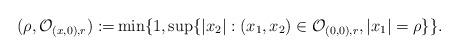
LaTeX: \begin{align*} (\rho, \mathcal{O}_{(x,0), r}):= & \min \{ 1, \sup \{|x_2| : (x_1, x_2) \in \mathcal{O}_{(0,0), r}, |x_1| = \rho\} \}.\end{align*}